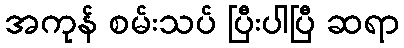
အကုန် စမ်းသပ် ပြီးပါပြီ ဆရာ